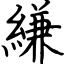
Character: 縑